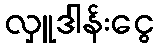
လှူဒါန်းငွေ